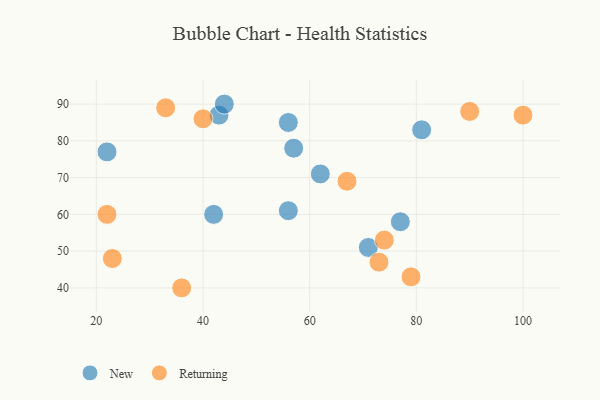
{"axis": {"x": "GDP", "y": "Life Expectancy"}, "legend": ["New", "Returning"], "data": [{"x": "71", "y": 51, "type": "New"}, {"x": "56", "y": 85, "type": "New"}, {"x": "62", "y": 71, "type": "New"}, {"x": "77", "y": 58, "type": "New"}, {"x": "57", "y": 78, "type": "New"}, {"x": "42", "y": 60, "type": "New"}, {"x": "43", "y": 87, "type": "New"}, {"x": "22", "y": 77, "type": "New"}, {"x": "81", "y": 83, "type": "New"}, {"x": "56", "y": 61, "type": "New"}, {"x": "44", "y": 90, "type": "New"}, {"x": "67", "y": 69, "type": "Returning"}, {"x": "40", "y": 86, "type": "Returning"}, {"x": "79", "y": 43, "type": "Returning"}, {"x": "100", "y": 87, "type": "Returning"}, {"x": "22", "y": 60, "type": "Returning"}, {"x": "73", "y": 47, "type": "Returning"}, {"x": "36", "y": 40, "type": "Returning"}, {"x": "90", "y": 88, "type": "Returning"}, {"x": "74", "y": 53, "type": "Returning"}, {"x": "23", "y": 48, "type": "Returning"}, {"x": "33", "y": 89, "type": "Returning"}]}